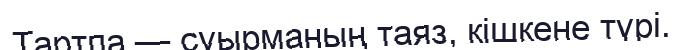
Тартпа — суырманың таяз, кішкене түрі.